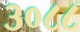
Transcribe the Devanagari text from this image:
३०८८